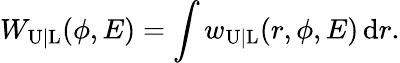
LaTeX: W_{\mathrm{U|L}}(\phi,E)=\int w_{\mathrm{U|L}}(r,\phi,E)\, \mathrm{d}r.